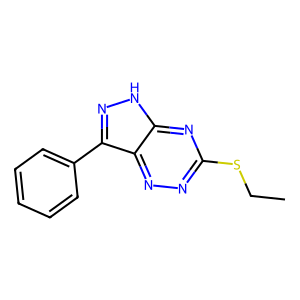
SMILES: CCSc1nnc2c(-c3ccccc3)n[nH]c2n1
Inhibits HIV replication: No